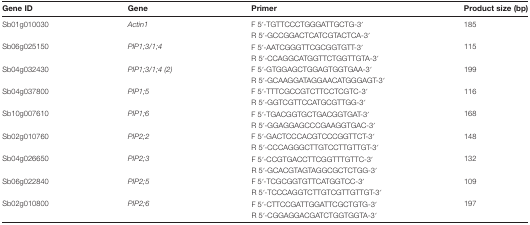
| Gene ID | Gene | Primer | Product size (bp) |
 | --- | --- | --- | --- |
 | Sb01g010030 | Actin1 | F 5′-TGTTCCCTGGGATTGCTG-3′R 5′-GCCGGACTCATCGTACTCA-3′ | 185 |
 | Sb06g025150 | PIP1;3/1;4 | F 5′-AATCGGGTTCGCGGTGTT-3′R 5′-CCAGGCATGGTTCTGGTTGTA-3′ | 115 |
 | Sb04g032430 | PIP1;3/1;4 (2) | F 5′-GTGGAGCTGGAGTGGTGAA-3′R 5′-GCAAGGATAGGAACATGGGAGT-3′ | 199 |
 | Sb04g037800 | PIP1;5 | F 5′-TTTCGCCGTCTTCCTCGTC-3′R 5′-GGTCGTTCCATGCGTTGG-3′ | 116 |
 | Sb10g007610 | PIP1;6 | F 5′-TGACGGTGCTGACGGTGAT-3′R 5′-GGAGGAGCCCGAAGGTGAC-3′ | 168 |
 | Sb02g010760 | PIP2;2 | F 5′-GACTCCCACGTCCCGGTTCT-3′R 5′-CCCAGGGCTTGTCCTTGTTGT-3′ | 148 |
 | Sb04g026650 | PIP2;3 | F 5′-CCGTGACCTTCGGTTTGTTC-3′R 5′-GCACGTAGTAGGCGCTCTGG-3′ | 132 |
 | Sb06g022840 | PIP2;5 | F 5′-TCGCGGTGTTCATGGTCC-3′R 5′-TCCCAGGTCTTGTCGTTGTTGT-3′ | 109 |
 | Sb02g010800 | PIP2;6 | F 5′-CTTCCGATTGGATTCGCTGTG-3′R 5′-CGGAGGACGATCTGGTGGTA-3′ | 197 |